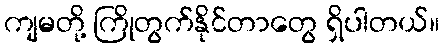
ကျမတို့ ကြိုတွက်နိုင်တာတွေ ရှိပါတယ်။